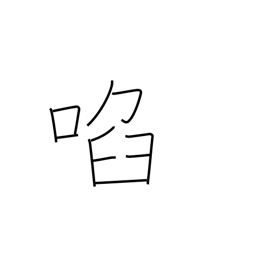
Meaning: allure